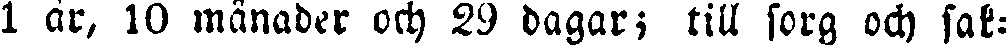
1 år, 10 månader och 29 dagar; till sorg och sak-